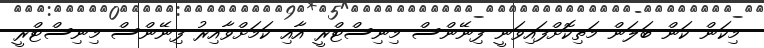
މިކަން ކަން ބަލަން މަތިކޮށްފައިވަނީ ފިނޭންސް މިނިސްޓްރީ އާއި ކަމަށްވާއިރު ފިނޭންސް މިނިސްޓްރީ